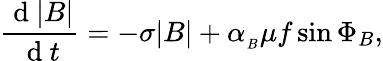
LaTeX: \frac{\mathrm{~d~}|B|}{\mathrm{~d~}t}=-\sigma|B|+\alpha_{_B}\mu f\sin{\Phi_{B}},